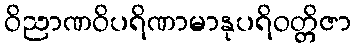
ဝိညာဏဝိပရိဏာမာနုပရိဝတ္တိဇာ